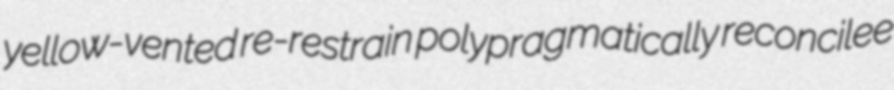
yellow-vented re-restrain polypragmatically reconcilee